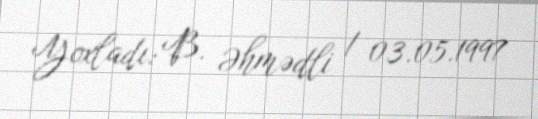
Yoxladı: B. Əhmədli / 03.05.1997